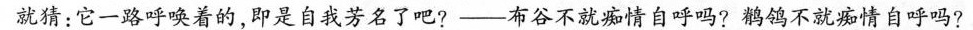
就猜：它一路呼唤着的，即是自我芳名了吧?--布谷不就痴情自呼吗?鹊鸽不就痴情自呼吗?